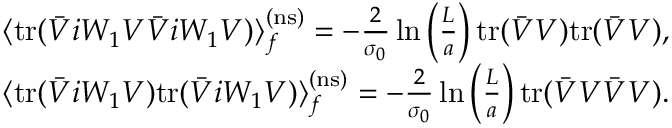
\begin{array} { r l } & { \langle \mathrm { t r } ( \bar { V } i W _ { 1 } V \bar { V } i W _ { 1 } V ) \rangle _ { f } ^ { \mathrm { ( n s ) } } = - \frac { 2 } { \sigma _ { 0 } } \ln \left( \frac { L } { a } \right) \mathrm { t r } ( \bar { V } V ) \mathrm { t r } ( \bar { V } V ) , } \\ & { \langle \mathrm { t r } ( \bar { V } i W _ { 1 } V ) \mathrm { t r } ( \bar { V } i W _ { 1 } V ) \rangle _ { f } ^ { \mathrm { ( n s ) } } = - \frac { 2 } { \sigma _ { 0 } } \ln \left( \frac { L } { a } \right) \mathrm { t r } ( \bar { V } V \bar { V } V ) . } \end{array}